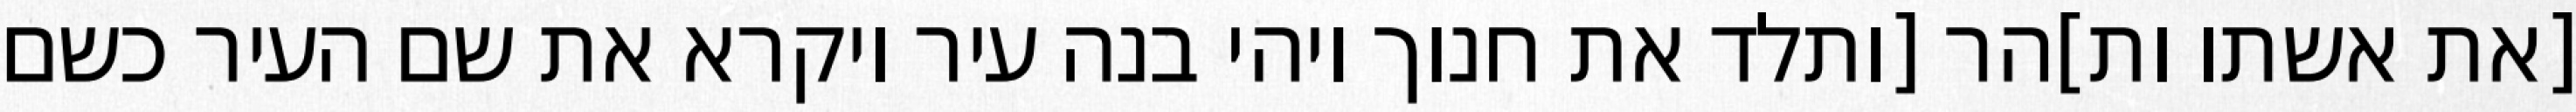
[את אשתו ות]הר [ותלד את חנוך ויהי בנה עיר ויקרא את שם העיר כשם